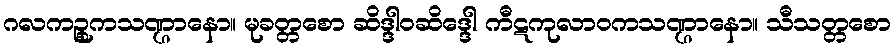
ဂလကဉ္စုကသဏ္ဌာနော။ မုခတ္တစော ဆိဒ္ဒါဝဆိဒ္ဒေါ ကီဋကုလာဝကသဏ္ဌာနော။ သီသတ္တစော